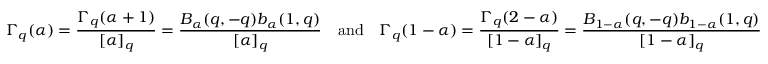
\Gamma _ { q } ( \alpha ) = \frac { \Gamma _ { q } ( \alpha + 1 ) } { [ \alpha ] _ { q } } = \frac { B _ { \alpha } ( q , - q ) b _ { \alpha } ( 1 , q ) } { [ \alpha ] _ { q } } \quad \mathrm { a n d } \quad \Gamma _ { q } ( 1 - \alpha ) = \frac { \Gamma _ { q } ( 2 - \alpha ) } { [ 1 - \alpha ] _ { q } } = \frac { B _ { 1 - \alpha } ( q , - q ) b _ { 1 - \alpha } ( 1 , q ) } { [ 1 - \alpha ] _ { q } }